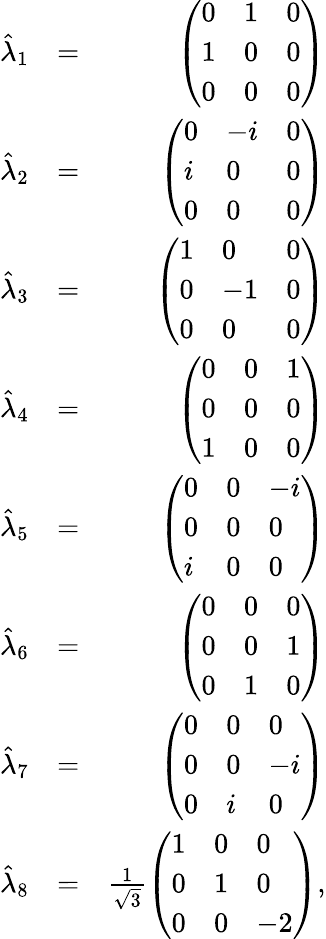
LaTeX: \begin{array}{rlr}{\hat{\lambda}_{1}}&{=}&{\left(\begin{array}{lll}{0}&{1}&{0}\\ {1}&{0}&{0}\\ {0}&{0}&{0}\end{array}\right)}\\ {\hat{\lambda}_{2}}&{=}&{\left(\begin{array}{lll}{0}&{-i}&{0}\\ {i}&{0}&{0}\\ {0}&{0}&{0}\end{array}\right)}\\ {\hat{\lambda}_{3}}&{=}&{\left(\begin{array}{lll}{1}&{0}&{0}\\ {0}&{-1}&{0}\\ {0}&{0}&{0}\end{array}\right)}\\ {\hat{\lambda}_{4}}&{=}&{\left(\begin{array}{lll}{0}&{0}&{1}\\ {0}&{0}&{0}\\ {1}&{0}&{0}\end{array}\right)}\\ {\hat{\lambda}_{5}}&{=}&{\left(\begin{array}{lll}{0}&{0}&{-i}\\ {0}&{0}&{0}\\ {i}&{0}&{0}\end{array}\right)}\\ {\hat{\lambda}_{6}}&{=}&{\left(\begin{array}{lll}{0}&{0}&{0}\\ {0}&{0}&{1}\\ {0}&{1}&{0}\end{array}\right)}\\ {\hat{\lambda}_{7}}&{=}&{\left(\begin{array}{lll}{0}&{0}&{0}\\ {0}&{0}&{-i}\\ {0}&{i}&{0}\end{array}\right)}\\ {\hat{\lambda}_{8}}&{=}&{\frac{1}{\sqrt{3}}\left(\begin{array}{lll}{1}&{0}&{0}\\ {0}&{1}&{0}\\ {0}&{0}&{-2}\end{array}\right),}\end{array}